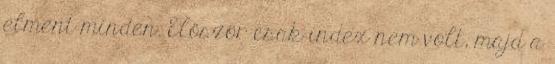
elment minden. Először csak index nem volt, majd a